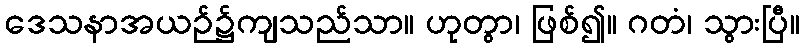
ဒေသနာအယဉ်၌ကျသည်သာ။ ဟုတွာ၊ ဖြစ်၍။ ဂတံ၊ သွားပြီ။